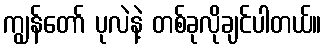
ကျွန်တော် ပုလဲနဲ့ တစ်ခုလိုချင်ပါတယ်။